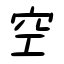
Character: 空